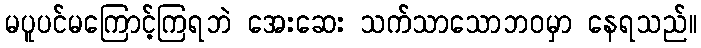
မပူပင်မကြောင့်ကြရဘဲ အေးဆေး သက်သာသောဘဝမှာ နေရသည်။